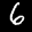
Label: 6